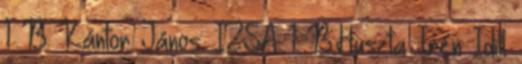
1 B. Kántor János: IZSA 1 B.Huszta Irén Idill